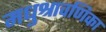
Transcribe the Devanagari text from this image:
मधुश्रावणिका